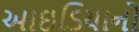
આઇડિયાનો